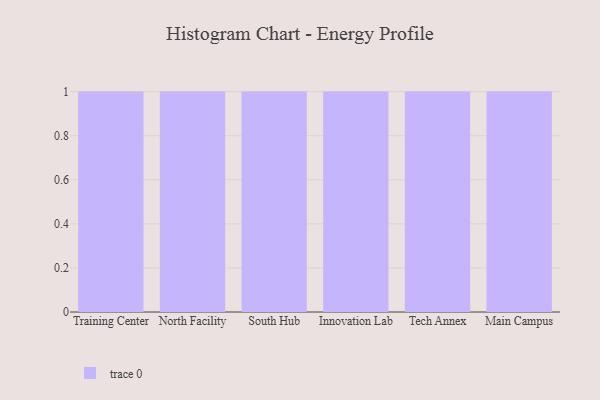
{"axis": {"x": "Campus", "y": "Operating Costs (USD K)"}, "legend": [""], "data": [{"x": "Training Center", "y": 3, "type": ""}, {"x": "North Facility", "y": 72, "type": ""}, {"x": "South Hub", "y": 11, "type": ""}, {"x": "Innovation Lab", "y": 77, "type": ""}, {"x": "Tech Annex", "y": 62, "type": ""}, {"x": "Main Campus", "y": 91, "type": ""}]}